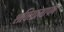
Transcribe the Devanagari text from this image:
शक्तिप्रमापन